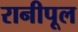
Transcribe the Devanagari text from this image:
रानीपूल